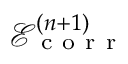
\mathcal { E } _ { \mathrm { ~ c ~ o ~ r ~ r ~ } } ^ { ( n + 1 ) }